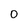
Character: 0